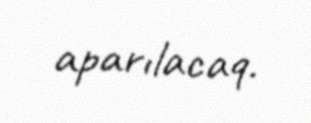
aparılacaq.